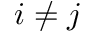
i \neq j